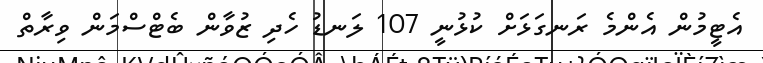
އެޓީމުން އެންމެ ރަނގަޅަށް ކުޅުނީ 107 ލަނޑު ހެދި ޒުވާން ބެޓްސްމަން ވިރާތް